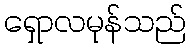
ရှောလမုန်သည်